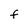
Character: F